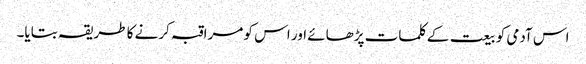
اس آدمی کو بیعت کے کلمات پڑھائے اور اس کو مراقبہ کرنے کا طریقہ بتایا۔